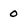
Character: 0